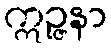
ဣဉ္ဇနာ